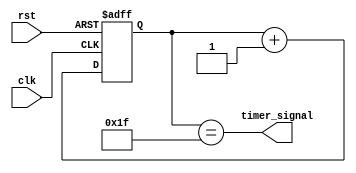
module timer_control_block (
    input wire clk,
    input wire rst,
    output wire timer_signal
    );
    
    parameter WIDTH = 32;
    parameter INIT_VAL = 0;
    parameter RATE = 1;
    reg [WIDTH-1:0] counter;
    
    always @(posedge clk or posedge rst) begin
        if (rst) begin
            counter <= INIT_VAL;
        end else begin
            counter <= counter + RATE;
        end
    end
    
    assign timer_signal = (counter == WIDTH - 1'b1);
    
endmodule